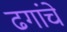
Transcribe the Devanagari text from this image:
ढगांचे